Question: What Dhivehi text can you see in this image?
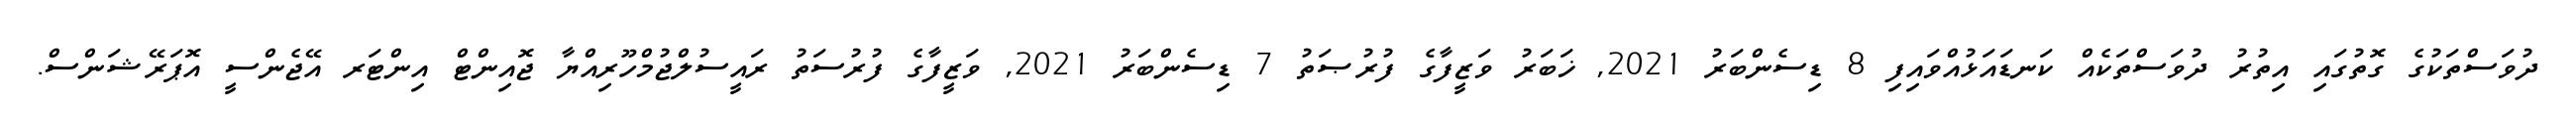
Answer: ދުވަސްތަކުގެ ގޮތުގައި އިތުރު ދުވަސްތަކެއް ކަނޑައަޅުއްވައިފި 8 ޑިސެންބަރު 2021, ޚަބަރު ވަޒީފާގެ ފުރުޞަތު 7 ޑިސެންބަރު 2021, ވަޒީފާގެ ފުރުސަތު ރައީސުލްޖުމްހޫރިއްޔާ ޖޮއިންޓް އިންޓަރ އޭޖެންސީ އޮޕަރޭޝަންސް.